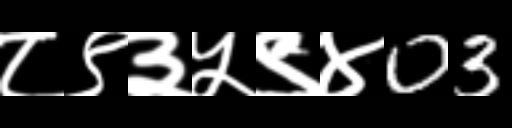
Text: ८९३५९४03